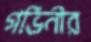
গর্ভিনীর